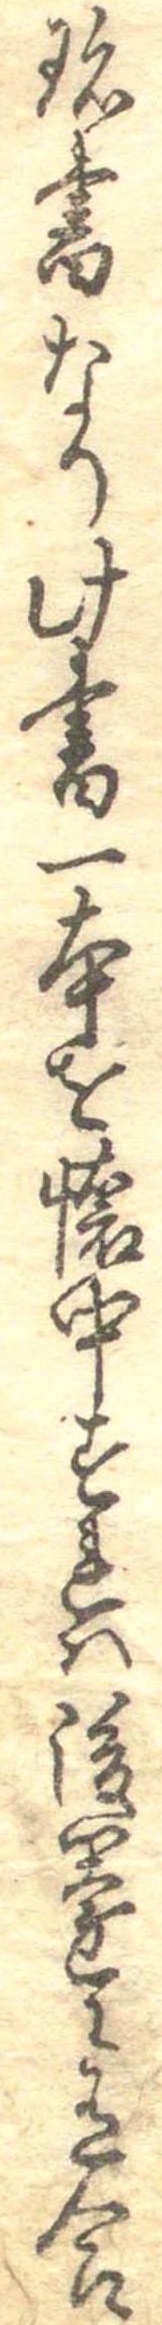
珍書なり此書一本を懐中すれは後園に有合